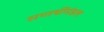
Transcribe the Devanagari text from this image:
सप्तर्षीमंडल